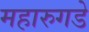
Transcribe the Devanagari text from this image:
महारुगडे